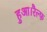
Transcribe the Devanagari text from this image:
हुआ।रैल्फ